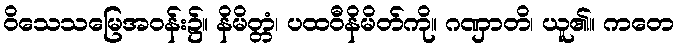
ဝိသေသမြေအဝန်း၌။ နိမိတ္တံ၊ ပထဝီနိမိတ်ကို။ ဂဏှာတိ၊ ယူ၏။ ကတေ